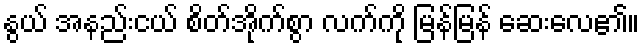
နွယ် အနည်းငယ် စိတ်အိုက်စွာ လက်ကို မြန်မြန် ဆေးလေ၏။